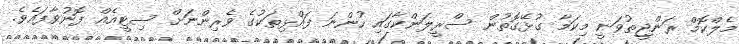
މެލްކޮމް ރަންޖީތުވަނީ މިކަމާ ގުޅޭގޮތުން ސްރީލަންކާގައި ހުންނަ ފައްޅިތަކުގެ ވެރިންނަށް ސިޓީއެއް ފޮނުވާފައެވެ.